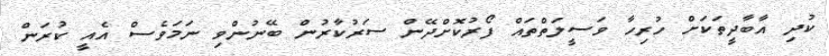
ކުދި އާބާދީތަކަށް ހުރިހާ ވަސީލަތްތައް ފޯރުކޮށްދޭން ސަރުކާރުން ބޭނުންވި ނަަމަވެސް އެއީ ކުރަން